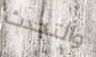
والتحدث